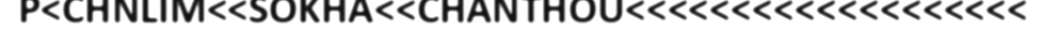
P<CHNLIM<<SOKHA<<CHANTHOU<<<<<<<<<<<<<<<<<<<